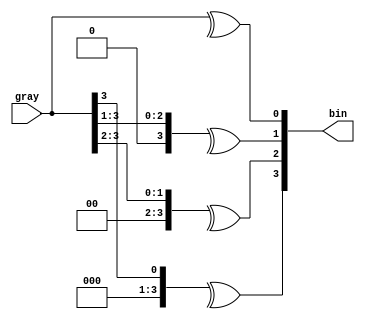
// This program was cloned from: https://github.com/huangxc6/verilog_practice
// License: MIT License

module gray_to_bin#(
	parameter SIZE = 4
	)(
	input  [SIZE - 1 : 0] gray  ,

	output reg [SIZE - 1 : 0] bin 
);
	integer i ;
	always @(*) begin
		for (i = 0; i <= SIZE; i++) begin
			bin[i] = ^(gray >> i) ; // 0 ^ num = num
		end
	end

endmodule